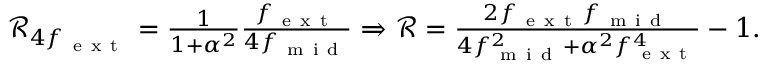
\begin{array} { r } { \mathcal { R } _ { 4 f _ { \mathrm { ~ e ~ x ~ t ~ } } } = \frac { 1 } { 1 + \alpha ^ { 2 } } \frac { f _ { \mathrm { ~ e ~ x ~ t ~ } } } { 4 f _ { \mathrm { ~ m ~ i ~ d ~ } } } \Rightarrow \mathcal { R } = \frac { 2 f _ { \mathrm { ~ e ~ x ~ t ~ } } f _ { \mathrm { ~ m ~ i ~ d ~ } } } { 4 f _ { \mathrm { ~ m ~ i ~ d ~ } } ^ { 2 } + \alpha ^ { 2 } f _ { \mathrm { ~ e ~ x ~ t ~ } } ^ { 4 } } - 1 . } \end{array}